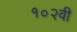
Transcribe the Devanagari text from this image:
१०२वी